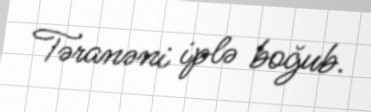
Təranəni iplə boğub.